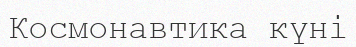
Космонавтика күні